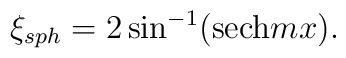
\xi_{sph} = 2 \sin^{-1} ({\rm sech} m x).